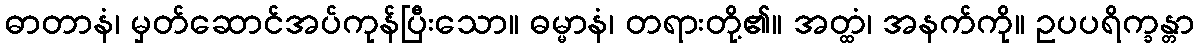
ဓာတာနံ၊ မှတ်ဆောင်အပ်ကုန်ပြီးသော။ ဓမ္မာနံ၊ တရားတို့၏။ အတ္ထံ၊ အနက်ကို။ ဥပပရိက္ခန္တာ